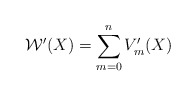
\begin{align*} \mathcal{W}'(X) = \sum_{m=0}^n V_m'(X)\end{align*}